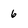
Character: 6